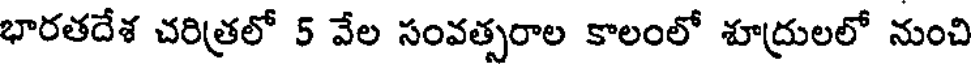
భారతదేశ చరిత్రలో 5 వేల సంవత్సరాల కాలంలో శూద్రులలో నుంచి